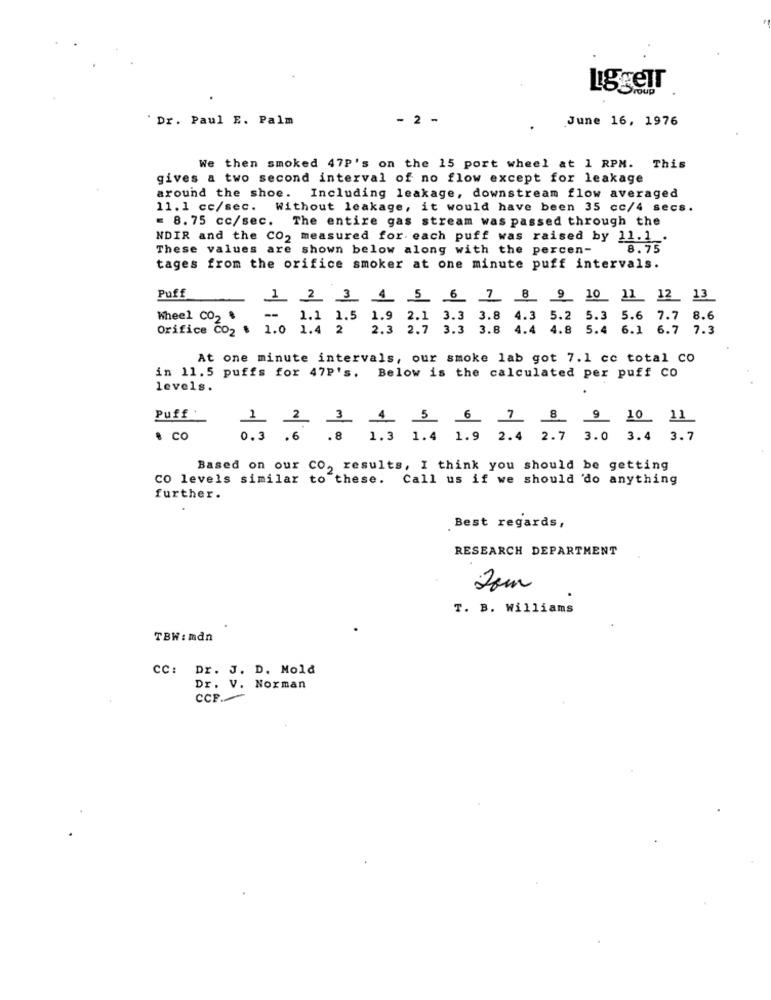
LiggeTr
"Dr. Paul E. Palm
- 2 -
June 16, 1976
We then smoked 47P's on the 15 port wheel at 1 RPM. This
gives a two second interval of no flow except for leakage
around the shoe. Including leakage, downstream flow averaged
11.1 cc/sec.
Without leakage, it would have been 35 cc/4 secs.
= 8.75 cc/sec.
The entire gas stream was passed through the
NDIR and the CO, measured for each puff was raised by 11.1 .
These values are shown below along with the percen-
8.75
tages from the orifice smoker at one minute puff intervals.
Puff
1 2 3 4 5 6 7 8 9 10 11 12 13
Wheel CO2 .
-
1.1 1.5 1.9 2.1 3.3 3.8 4.3 5.2 5.3 5.6 7.7 8.6
Orifice CO2 . 1.0 1.4 2 2.3 2.7 3.3 3.8 4.4 4.8 5.4 6.1 6.7 7.3
At one minute intervals, our smoke lab got 7.1 cc total co
in 11.5 puffs for 47P's. Below is the calculated per puff Co
levels.
Puff
. co
1 .8 1.3 1.4 1.9 2.4 2.7 3.0 3.4 3.7
0.3
Based on our CO, results, I think you should be getting
CO levels similar to these. Call us if we should 'do anything
further.
Best regards,
RESEARCH DEPARTMENT
2om
T. B. Williams
TBW : mdn
CC: Dr. J. D. Mold
Dr. V. Norman
CCF .-